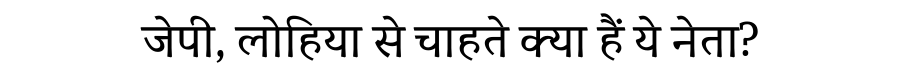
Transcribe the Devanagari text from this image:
जेपी, लोहिया से चाहते क्या हैं ये नेता?